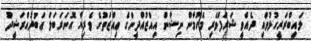
ލައިބްރަރީހުޅުވައި ދެއްވީ ޝަރަފްވެރި މެހުމާން ނިޝާން އިއްޒުއްދީންގެ ޢިއްޒަތުގެ ވެރިޔާ އޮނަރަބަލް ޢަބުދުއްރަޝީދު